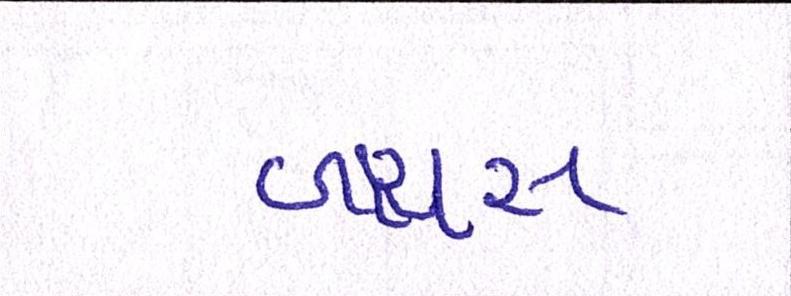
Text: બારસ